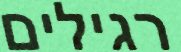
רגילים